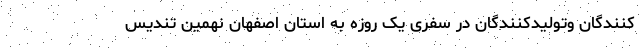
کنندگان وتولیدکنندگان در سفری یک روزه به استان اصفهان نهمین تندیس